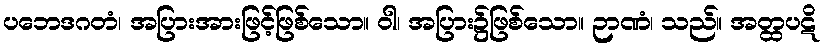
ပဘေဒဂတံ၊ အပြားအားဖြင့်ဖြစ်သော။ ဝါ၊ အပြား၌ဖြစ်သော။ ဉာဏံ၊ သည်။ အတ္ထပဋိ